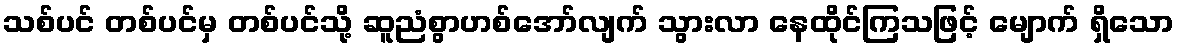
သစ်ပင် တစ်ပင်မှ တစ်ပင်သို့ ဆူညံစွာဟစ်အော်လျက် သွားလာ နေထိုင်ကြသဖြင့် မျောက် ရှိသော